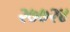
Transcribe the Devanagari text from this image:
२७७२४